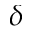
\delta